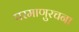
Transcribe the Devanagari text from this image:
परमाणुरचना